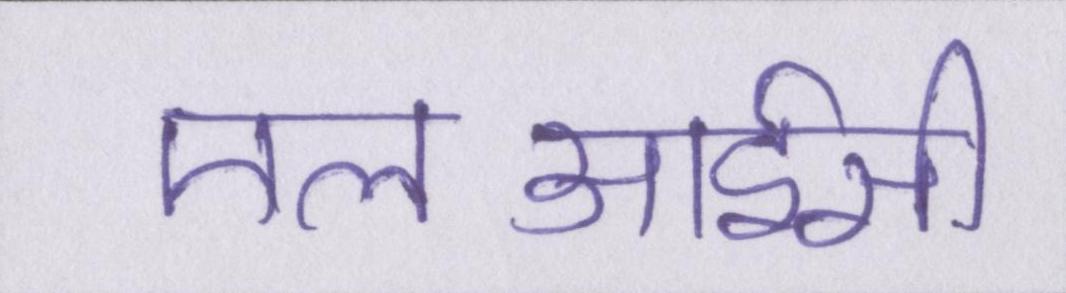
एलआईसी